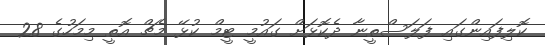
ކޮލިފައިންގައި ފަލަސްތީނާ ދެކޮޅަށް ގައުމީ ޓީމް ކުޅޭ މެޗް އޮތީ މިމަހުގެ 28